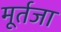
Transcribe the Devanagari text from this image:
मूर्तजा